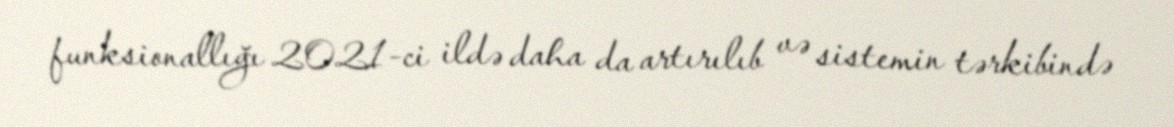
funksionallığı 2021-ci ildə daha da artırılıb və sistemin tərkibində